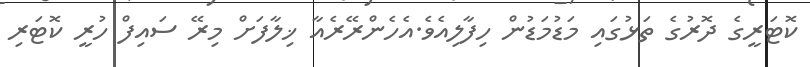
ކޮޓަރީގެ ދޮރުގެ ތަޅުގައި މަޑުމަޑުން ހިފާލިއެވެ.އެހެންރޭރެއާ ޚިލާފަށް މިރޭ ސައިފް ހުރީ ކޮޓަރި